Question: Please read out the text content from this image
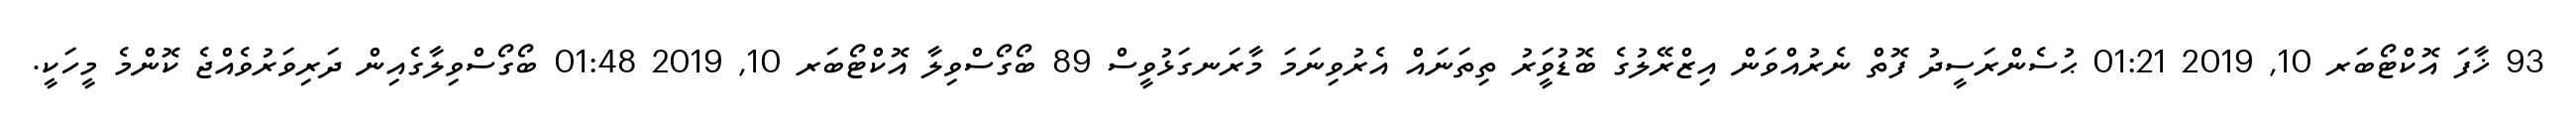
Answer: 93 ޚާފަ އޮކްޓޯބަރ 10, 2019 01:21 ޙުސެންރަސީދު ފޮތް ނެރުއްވަން އިޒްރޭލުގެ ބޮޑުވަީރު ތިތަނައް އެރުވިނަމަ މާރަނގަޅުވީސް 89 ބޯގޯސްވިލާ އޮކްޓޯބަރ 10, 2019 01:48 ބޯގޯސްވިލާގެއިން ދަރިވަރުވެއްޖެ ކޮންމެ މީހަކީ.